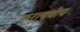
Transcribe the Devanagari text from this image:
करायचीच